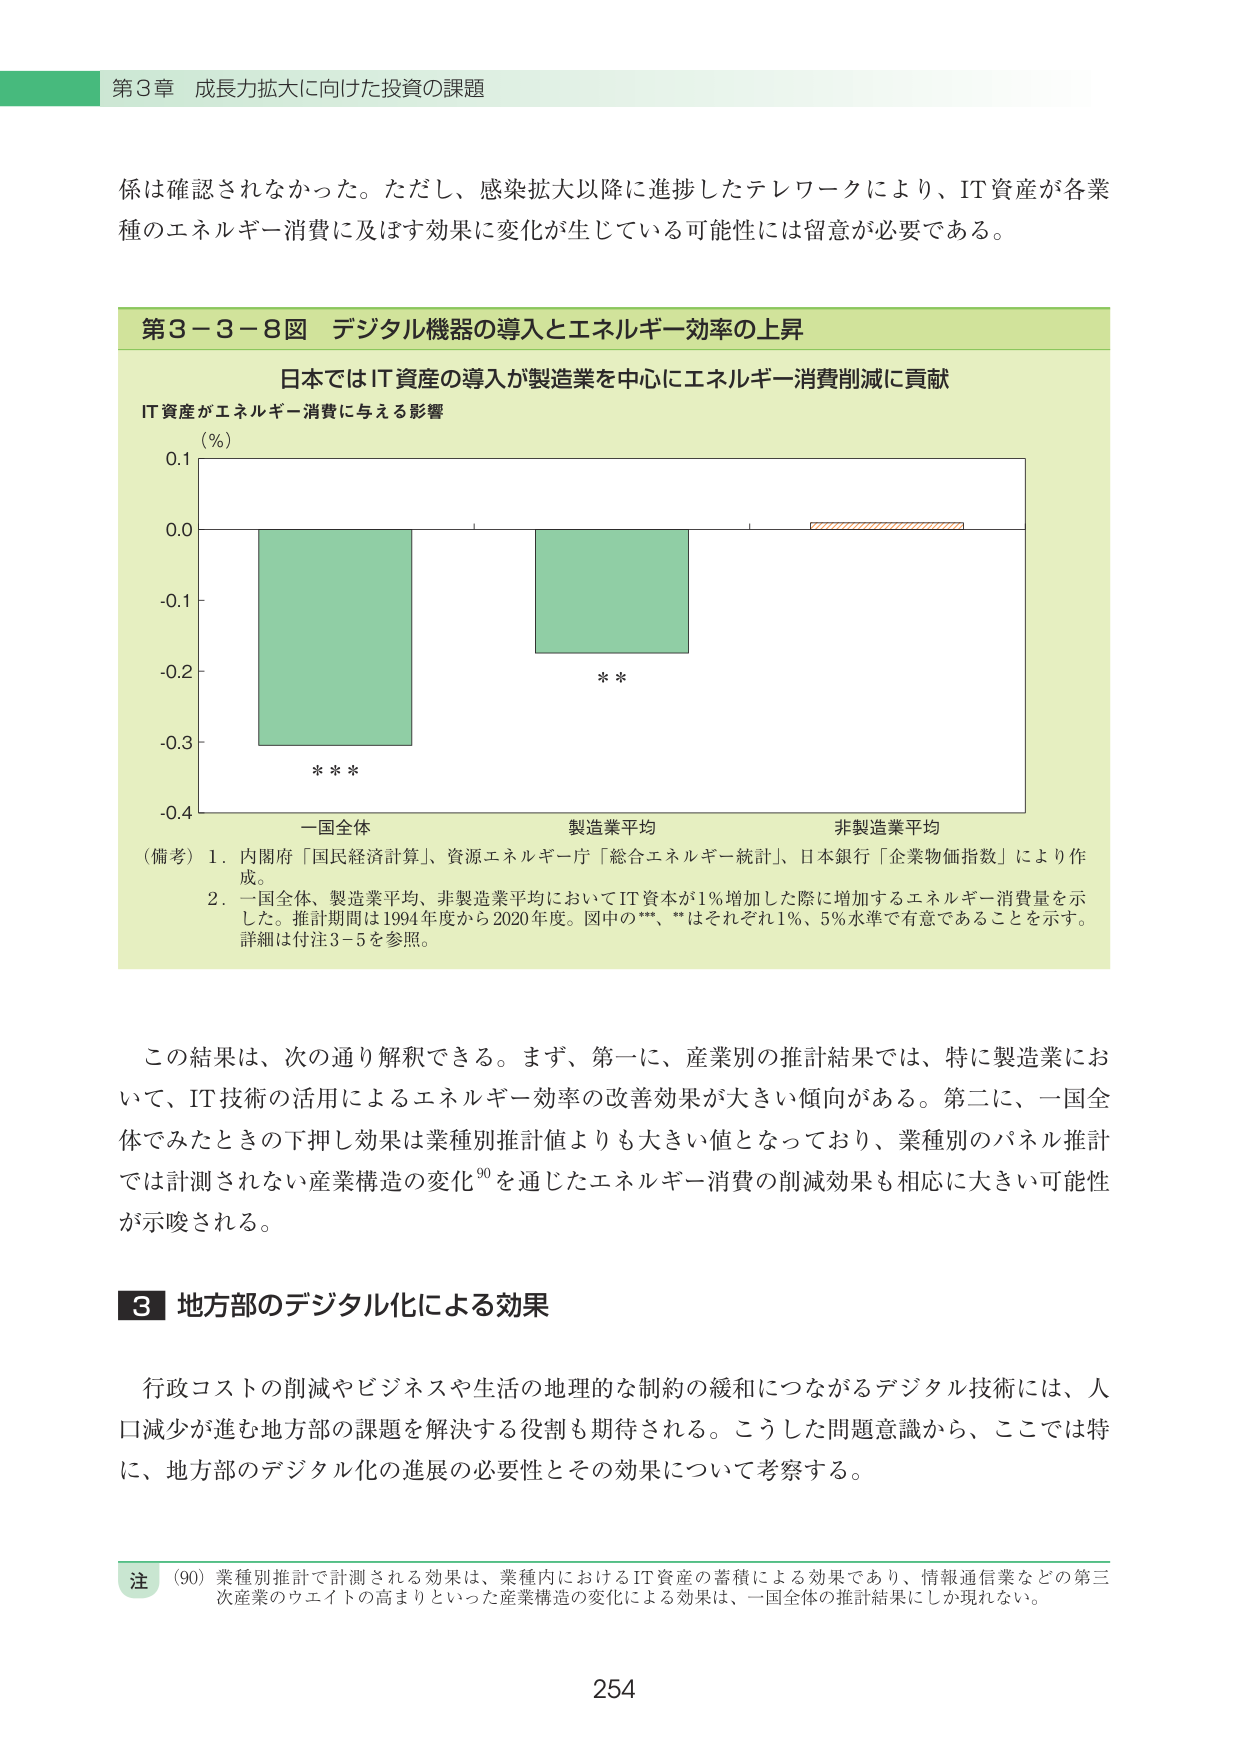
第3章 成長力拡大に向けた投資の課題

係は確認されなかった。ただし、感染拡大以降に進捗したテレワークにより、IT資産が各業種のエネルギー消費に及ぼす効果に変化が生じている可能性には留意が必要である。

第3－3－8図 デジタル機器の導入とエネルギー効率の上昇

日本ではIT資産の導入が製造業を中心にエネルギー消費削減に貢献
IT資産がエネルギー消費に与える影響

（％）
0.1
0.0
-0.1
-0.2
-0.3
-0.4

***
**
一国全体 製造業平均 非製造業平均

（備考）1．内閣府「国民経済計算」、資源エネルギー庁「総合エネルギー統計」、日本銀行「企業物価指数」により作成。
2．一国全体、製造業平均、非製造業平均においてIT資本が1％増加した際に増加するエネルギー消費量を示した。推計期間は1994年度から2020年度。図中の***、**はそれぞれ1％、5％水準で有意であることを示す。詳細は付注3－5を参照。

この結果は、次の通り解釈できる。まず、第一に、産業別の推計結果では、特に製造業において、IT技術の活用によるエネルギー効率の改善効果が大きい傾向がある。第二に、一国全体でみたときの下押し効果は業種別推計値よりも大きい値となっており、業種別のパネル推計では計測されない産業構造の変化⁹⁰を通じたエネルギー消費の削減効果も相応に大きい可能性が示唆される。

3 地方部のデジタル化による効果

行政コストの削減やビジネスや生活の地理的な制約の緩和につながるデジタル技術には、人口減少が進む地方部の課題を解決する役割も期待される。こうした問題意識から、ここでは特に、地方部のデジタル化の進展の必要性とその効果について考察する。

注 （90）業種別推計で計測される効果は、業種内におけるIT資産の蓄積による効果であり、情報通信業などの第三次産業のウエイトの高まりといった産業構造の変化による効果は、一国全体の推計結果にしか現れない。

254